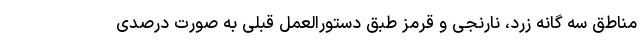
مناطق سه گانه زرد، نارنجی و قرمز طبق دستورالعمل قبلی به صورت درصدی